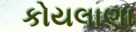
કોયલાણા